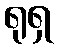
ရုရှ